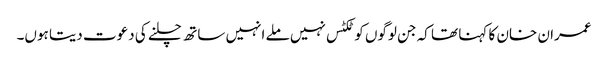
عمران خان کا کہنا تھا کہ جن لوگوں کو ٹکٹس نہیں ملے انہیں ساتھ چلنے کی دعوت دیتا ہوں۔